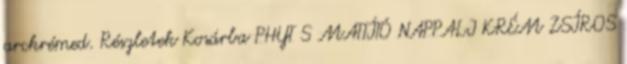
arckrémed. Részletek Kosárba PHYT S MATTÍTÓ NAPPALI KRÉM ZSÍROS